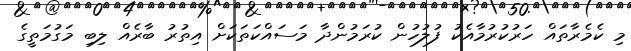
މި ކެމެރާތައް ހަރުކުރުމާއެކު ފުލުހުން ކުރަމުންދާ މަސައްކަތަކަށް އިތުރު ބާރެއް ލިބި މަގުމަތީގެ